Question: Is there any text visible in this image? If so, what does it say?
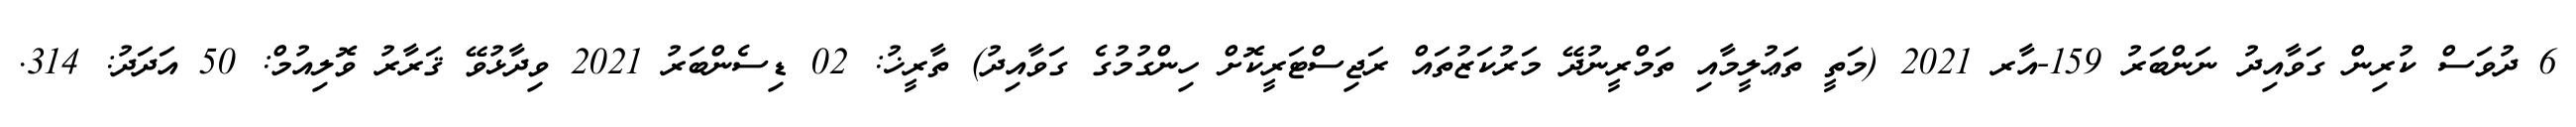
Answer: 6 ދުވަސް ކުރިން ގަވާއިދު ނަންބަރު 159-އާރ 2021 (މަތީ ތަޢުލީމާއި ތަމްރީނުދޭ މަރުކަޒުތައް ރަޖިސްޓަރީކޮށް ހިންގުމުގެ ގަވާއިދު) ތާރީޚު: 02 ޑިސެންބަރު 2021 ވިދާޅުވޭ ޤަރާރު ވޮލިއުމް: 50 އަދަދު: 314.